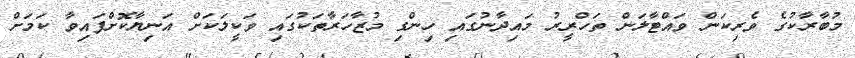
މުބާރާކުގެ ވެރިކަން ވައްޓާލަން ތަހްރީރު މައިދާނުގައި ހިންގި މުޒާހަރާތަކުގައި ވަކީލަކަށް އަނިޔާކޮށްފައިވާ ކަމަށް